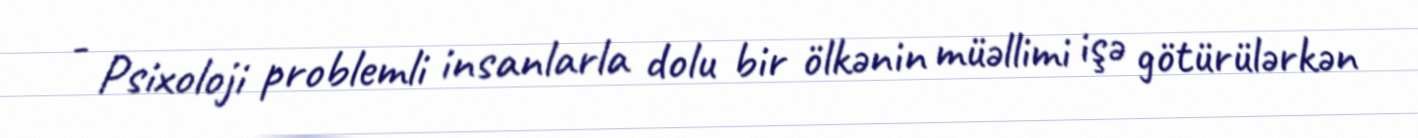
- Psixoloji problemli insanlarla dolu bir ölkənin müəllimi işə götürülərkən